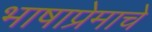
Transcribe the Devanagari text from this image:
भाषाप्रेमाचे